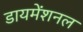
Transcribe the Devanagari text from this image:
डायमेंशनल